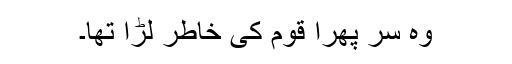
وہ سر پھرا قوم کی خاطر لڑا تھا۔